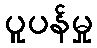
ပူပန်မှု